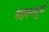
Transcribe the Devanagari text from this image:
महक्वपूर्ण